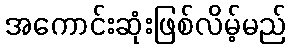
အကောင်းဆုံးဖြစ်လိမ့်မည်